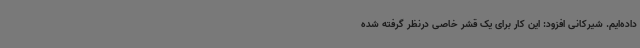
داده‌ایم. شیرکانی افزود: این کار برای یک قشر خاصی درنظر گرفته شده